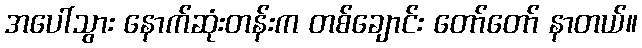
အပေါ်သွား နောက်ဆုံးတန်းက တစ်ချောင်း တော်တော် နာတယ်။